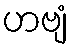
ဟဗျံ